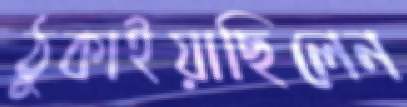
ঠুকাইয়াছিলেন